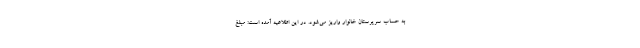
به حساب سرپرستان خانوار واریز می‌شود. در این اطلاعیه آمده است: مبلغ